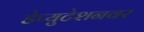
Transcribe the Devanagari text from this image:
डेप्युटेशनवर